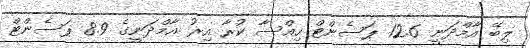
ލިބޭ އާމްދަނީ 12.6 ޕަސެންޓް ހިއްސާ ކުރާ އިރު އާމްދަނީގެ 8.9 ޕަސެންޓް